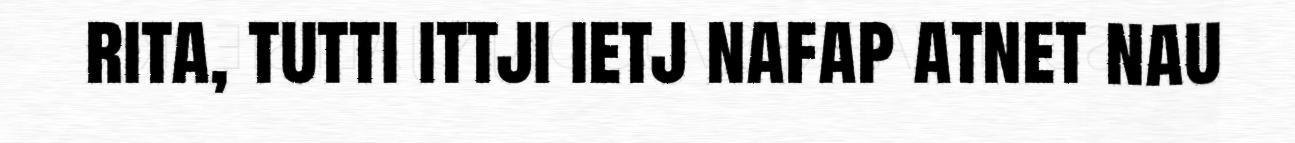
rita, tutti ittji ietj nafap atnet nau